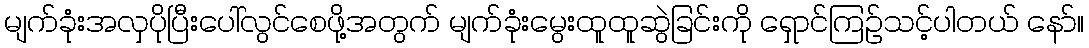
မျက်ခုံးအလှပိုပြီးပေါ်လွင်စေဖို့အတွက် မျက်ခုံးမွေးထူထူဆွဲခြင်းကို ရှောင်ကြဉ်သင့်ပါတယ် နော်။